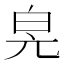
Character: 𤽕